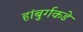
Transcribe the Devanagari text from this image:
हांबुर्गकडे